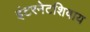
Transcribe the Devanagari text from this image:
इंटरनेटशिवाय